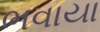
ભવાયા